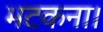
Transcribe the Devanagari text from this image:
भटकना।